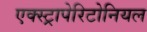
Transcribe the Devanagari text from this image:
एक्स्ट्रापेरिटोनियल